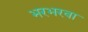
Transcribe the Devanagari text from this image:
भरभरवा